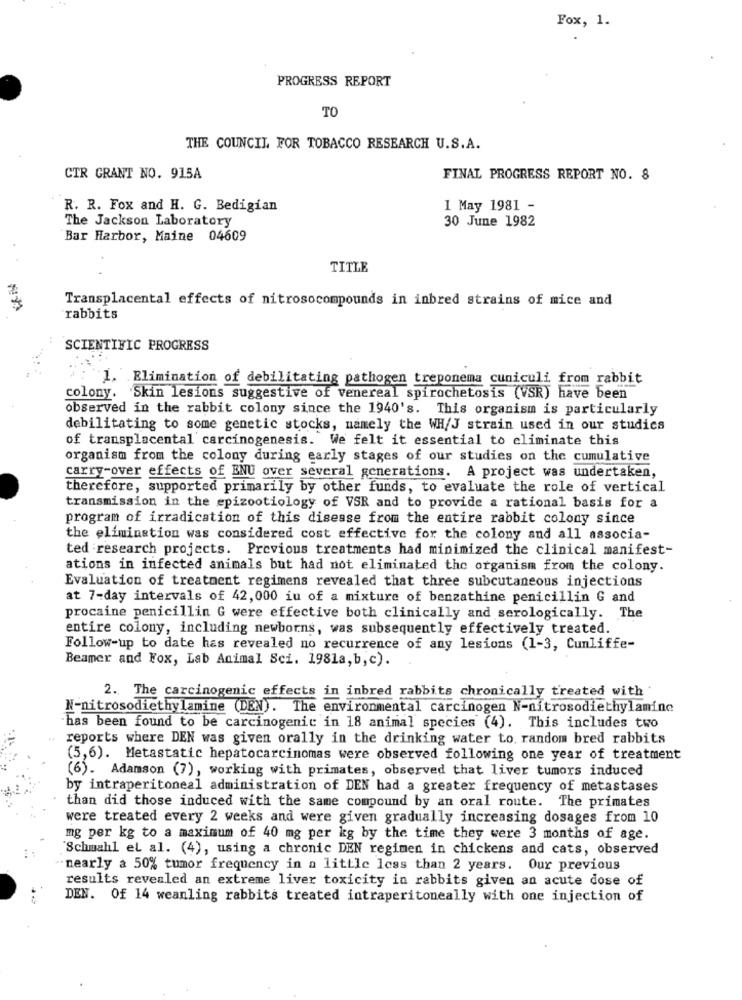
Fox, 1.
PROGRESS REPORT
TO
THE COUNCIL FOR TOBACCO RESEARCH U.S.A.
CTR GRANT NO. 915A
FINAL PROGRESS REPORT NO. 8
R. R. Fox and H. G. Bedigian
I May 1981 -
The Jackson Laboratory
30 June 1982
Bar Harbor, Maine 04609
TITLE
Transplacental effects of nitrosocompounds in inbred strains of mice and
rabbits
SCIENTIFIC PROGRESS
1. Elimination of debilitating pathogen treponema cuniculi from rabbit
colony. Skin lesions suggestive of venereal spirochetosis (VSR) have been
observed in the rabbit colony since the 1940's. This organism is particularly
debilitating to some genetic stocks, namely the WH/J strain used in our studies
of transplacental carcinogenesis. We felt it essential to eliminate this
organism from the colony during early stages of our studies on the cumulative
carry-over effects of ENU over several generations. A project was undertaken,
therefore, supported primarily by other funds, to evaluate the role of vertical
transmission in the epizootiology of VSR and to provide a rational basis for a
program of irradication of this disease from the entire rabbit colony since
the elimination was considered cost effective for the colony and all associa-
ted research projects. Previous treatments had minimized the clinical manifest-
ations in infected animals but had not eliminated the organism from the colony.
Evaluation of treatment regimens revealed that three subcutaneous injections
at 7-day intervals of 42,000 iu of a mixture of benzathine penicillin G and
procaine penicillin G were effective both clinically and serologically. The
entire colony, including newborns, was subsequently effectively treated.
Follow-up to date has revealed no recurrence of any lesions (1-3, Cunliffe-
Beamer and Fox, Lab Animal Sci. 1981a, b, c).
2. The carcinogenic effects in inbred rabbits chronically treated with
N-nitrosodiethylamine (DEN). The environmental carcinogen N-nitrosodiethylamine
has been found to be carcinogenic in 18 animal species (4). This includes two
reports where DEN was given orally in the drinking water to. random bred rabbits
(5,6). Metastatic hepatocarcinomas were observed following one year of treatment
(6). Adamson (7), working with primates, observed that liver tumors induced
by intraperitoneal administration of DEN had a greater frequency of metastases
than did those induced with the same compound by an oral route. The primates
were treated every 2 weeks and were given gradually increasing dosages from 10
mg per kg to a maximum of 40 mg per kg by the time they were 3 months of age.
'Schmahl el al. (4), using a chronic DEN regimen in chickens and cats, observed
nearly a 50% tumor frequency in a little less than 2 years. Our previous
results revealed an extreme liver toxicity in rabbits given an acute dose of
DEN. Of 14 weanling rabbits treated intraperitoneally with one injection of